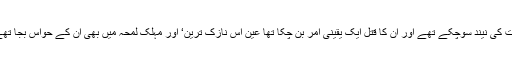
موت کی نیند سوچکے تھے اور ان کا قتل ایک یقینی امر بن چکا تھا عین اس نازک ترین‘ اور مہلک لمحہ میں بھی ان کے حواس بجا تھے ۔